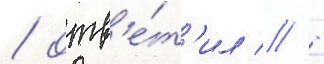
/ отв'е́т'ил // -